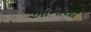
અાનાથી